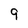
Character: 9